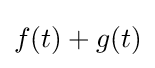
f(t)+g(t)